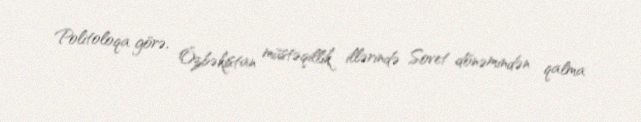
Politoloqa görə, Özbəkistan müstəqillik illərində Sovet dönəmindən qalma